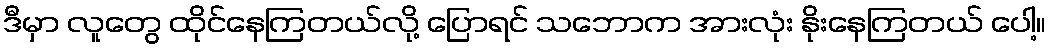
ဒီမှာ လူတွေ ထိုင်နေကြတယ်လို့ ပြောရင် သဘောက အားလုံး နိုးနေကြတယ် ပေါ့။